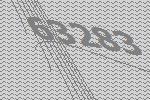
63283